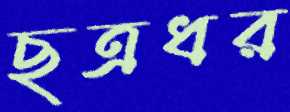
ছত্রধর